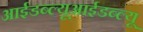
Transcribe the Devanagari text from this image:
आईडब्ल्यूआईडब्ल्यू